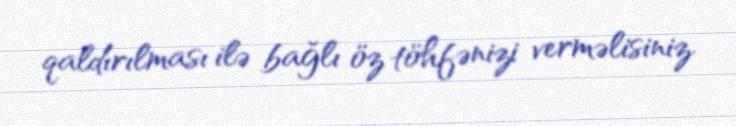
qaldırılması ilə bağlı öz töhfənizi verməlisiniz.